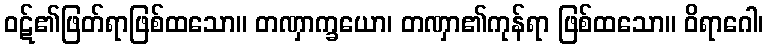
ဝဋ်၏ဖြတ်ရာဖြစ်ထသော။ တဏှာက္ခယော၊ တဏှာ၏ကုန်ရာ ဖြစ်ထသော။ ဝိရာဂေါ၊